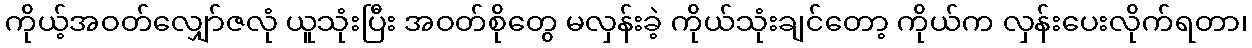
ကိုယ့်အဝတ်လျှော်ဇလုံ ယူသုံးပြီး အဝတ်စိုတွေ မလှန်းခဲ့ ကိုယ်သုံးချင်တော့ ကိုယ်က လှန်းပေးလိုက်ရတာ၊